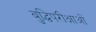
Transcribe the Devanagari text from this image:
बुद्धिपरीक्षाओं